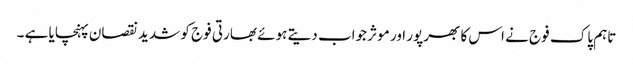
تاہم پاک فوج نے اس کا بھرپور اور موثر جواب دیتے ہوئے بھارتی فوج کو شدید نقصان پہنچایا ہے ۔